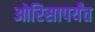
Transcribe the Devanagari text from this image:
ओरिसापर्यंत